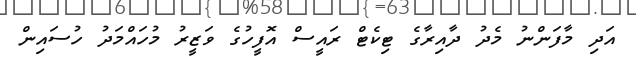
އަދި މާފަންނު މެދު ދާއިރާގެ ޓިކެޓް ރައީސް އޮފީހުގެ ވަޒީރު މުހައްމަދު ހުސައިން